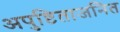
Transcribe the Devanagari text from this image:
अपुष्टिताजनित